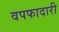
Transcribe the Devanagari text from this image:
वपफादारी